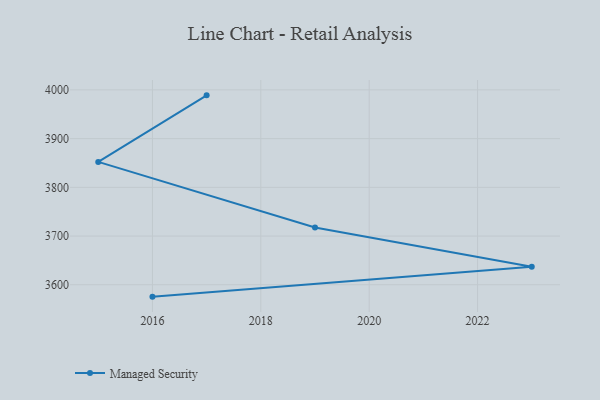
{"axis": {"x": "Year", "y": "LTV (USD)"}, "legend": ["Managed Security"], "data": [{"x": "2016", "y": 3575.6, "type": "Managed Security"}, {"x": "2023", "y": 3637.1, "type": "Managed Security"}, {"x": "2019", "y": 3717.5, "type": "Managed Security"}, {"x": "2015", "y": 3852.2, "type": "Managed Security"}, {"x": "2017", "y": 3988.8, "type": "Managed Security"}]}